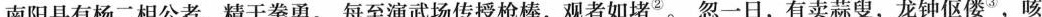
南阳县有杨二相公者，精于拳勇。每至演武场传授枪棒，观者如堵②。忽一日，有卖蒜叟，龙钟伛偻3，咳